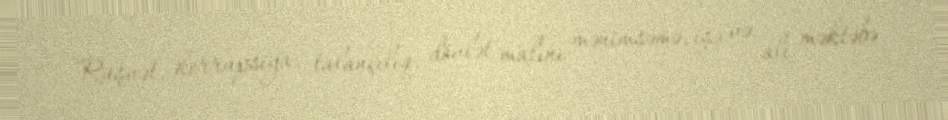
Rüşvət, korrupsiya, talançılıq, dövlət malını mənimsəmə, işə və ali məktəbə